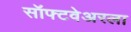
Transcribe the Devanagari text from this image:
सॉफ्टवेअरला